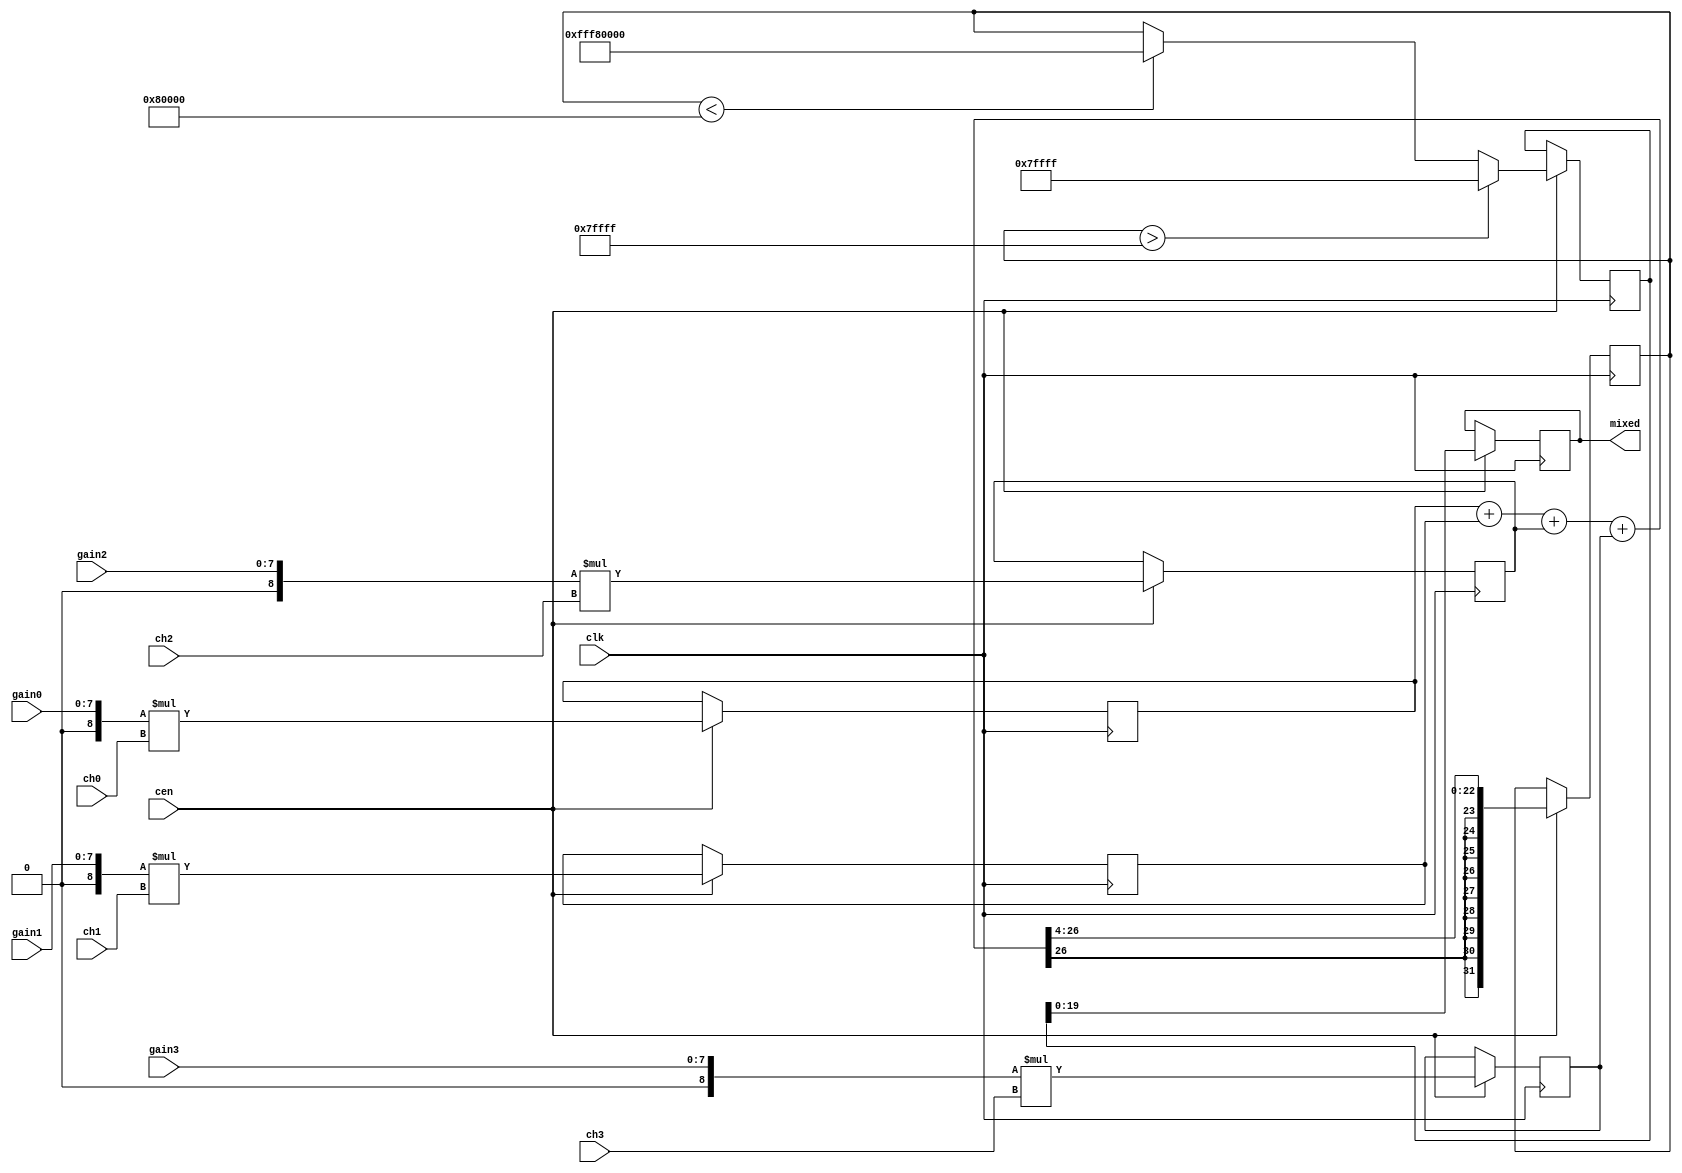
module jt12_mixer #(parameter w0=16,w1=16,w2=16,w3=16,wout=20)
(
    input                    clk,
    input                    cen,
    // input signals
    input  signed [w0-1:0]   ch0,
    input  signed [w1-1:0]   ch1,
    input  signed [w2-1:0]   ch2,
    input  signed [w3-1:0]   ch3,
    // gain for each channel in 4.4 fixed point format
    input  [7:0]             gain0,
    input  [7:0]             gain1,
    input  [7:0]             gain2,
    input  [7:0]             gain3,
    output reg signed [wout-1:0] mixed
);

reg signed [w0+7:0] ch0_amp;
reg signed [w1+7:0] ch1_amp;
reg signed [w2+7:0] ch2_amp;
reg signed [w3+7:0] ch3_amp;

// rescale to wout+4+8
wire signed [wout+11:0] scaled0 = { {wout+4-w0{ch0_amp[w0+7]}}, ch0_amp   };
wire signed [wout+11:0] scaled1 = { {wout+4-w1{ch1_amp[w1+7]}}, ch1_amp   };
wire signed [wout+11:0] scaled2 = { {wout+4-w2{ch2_amp[w2+7]}}, ch2_amp   };
wire signed [wout+11:0] scaled3 = { {wout+4-w3{ch3_amp[w3+7]}}, ch3_amp   };

reg signed [wout+11:0] sum, limited;

wire signed [wout+11:0] max_pos = { {12{1'b0}}, {(wout-1){1'b1}}};

wire signed [8:0]
    g0 = {1'b0, gain0},
    g1 = {1'b0, gain1},
    g2 = {1'b0, gain2},
    g3 = {1'b0, gain3};

// Apply gain
always @(posedge clk) if(cen) begin
    ch0_amp <= g0 * ch0;
    ch1_amp <= g1 * ch1;
    ch2_amp <= g2 * ch2;
    ch3_amp <= g3 * ch3;

    // divides by 16 to take off the decimal part and leave only
    // the integer part
    sum     <= (scaled0 + scaled1 + scaled2 + scaled3)>>>4;
    limited <= sum>max_pos ? max_pos : (sum<~max_pos ? ~max_pos : sum);
    mixed   <= limited[wout-1:0];
end

endmodule